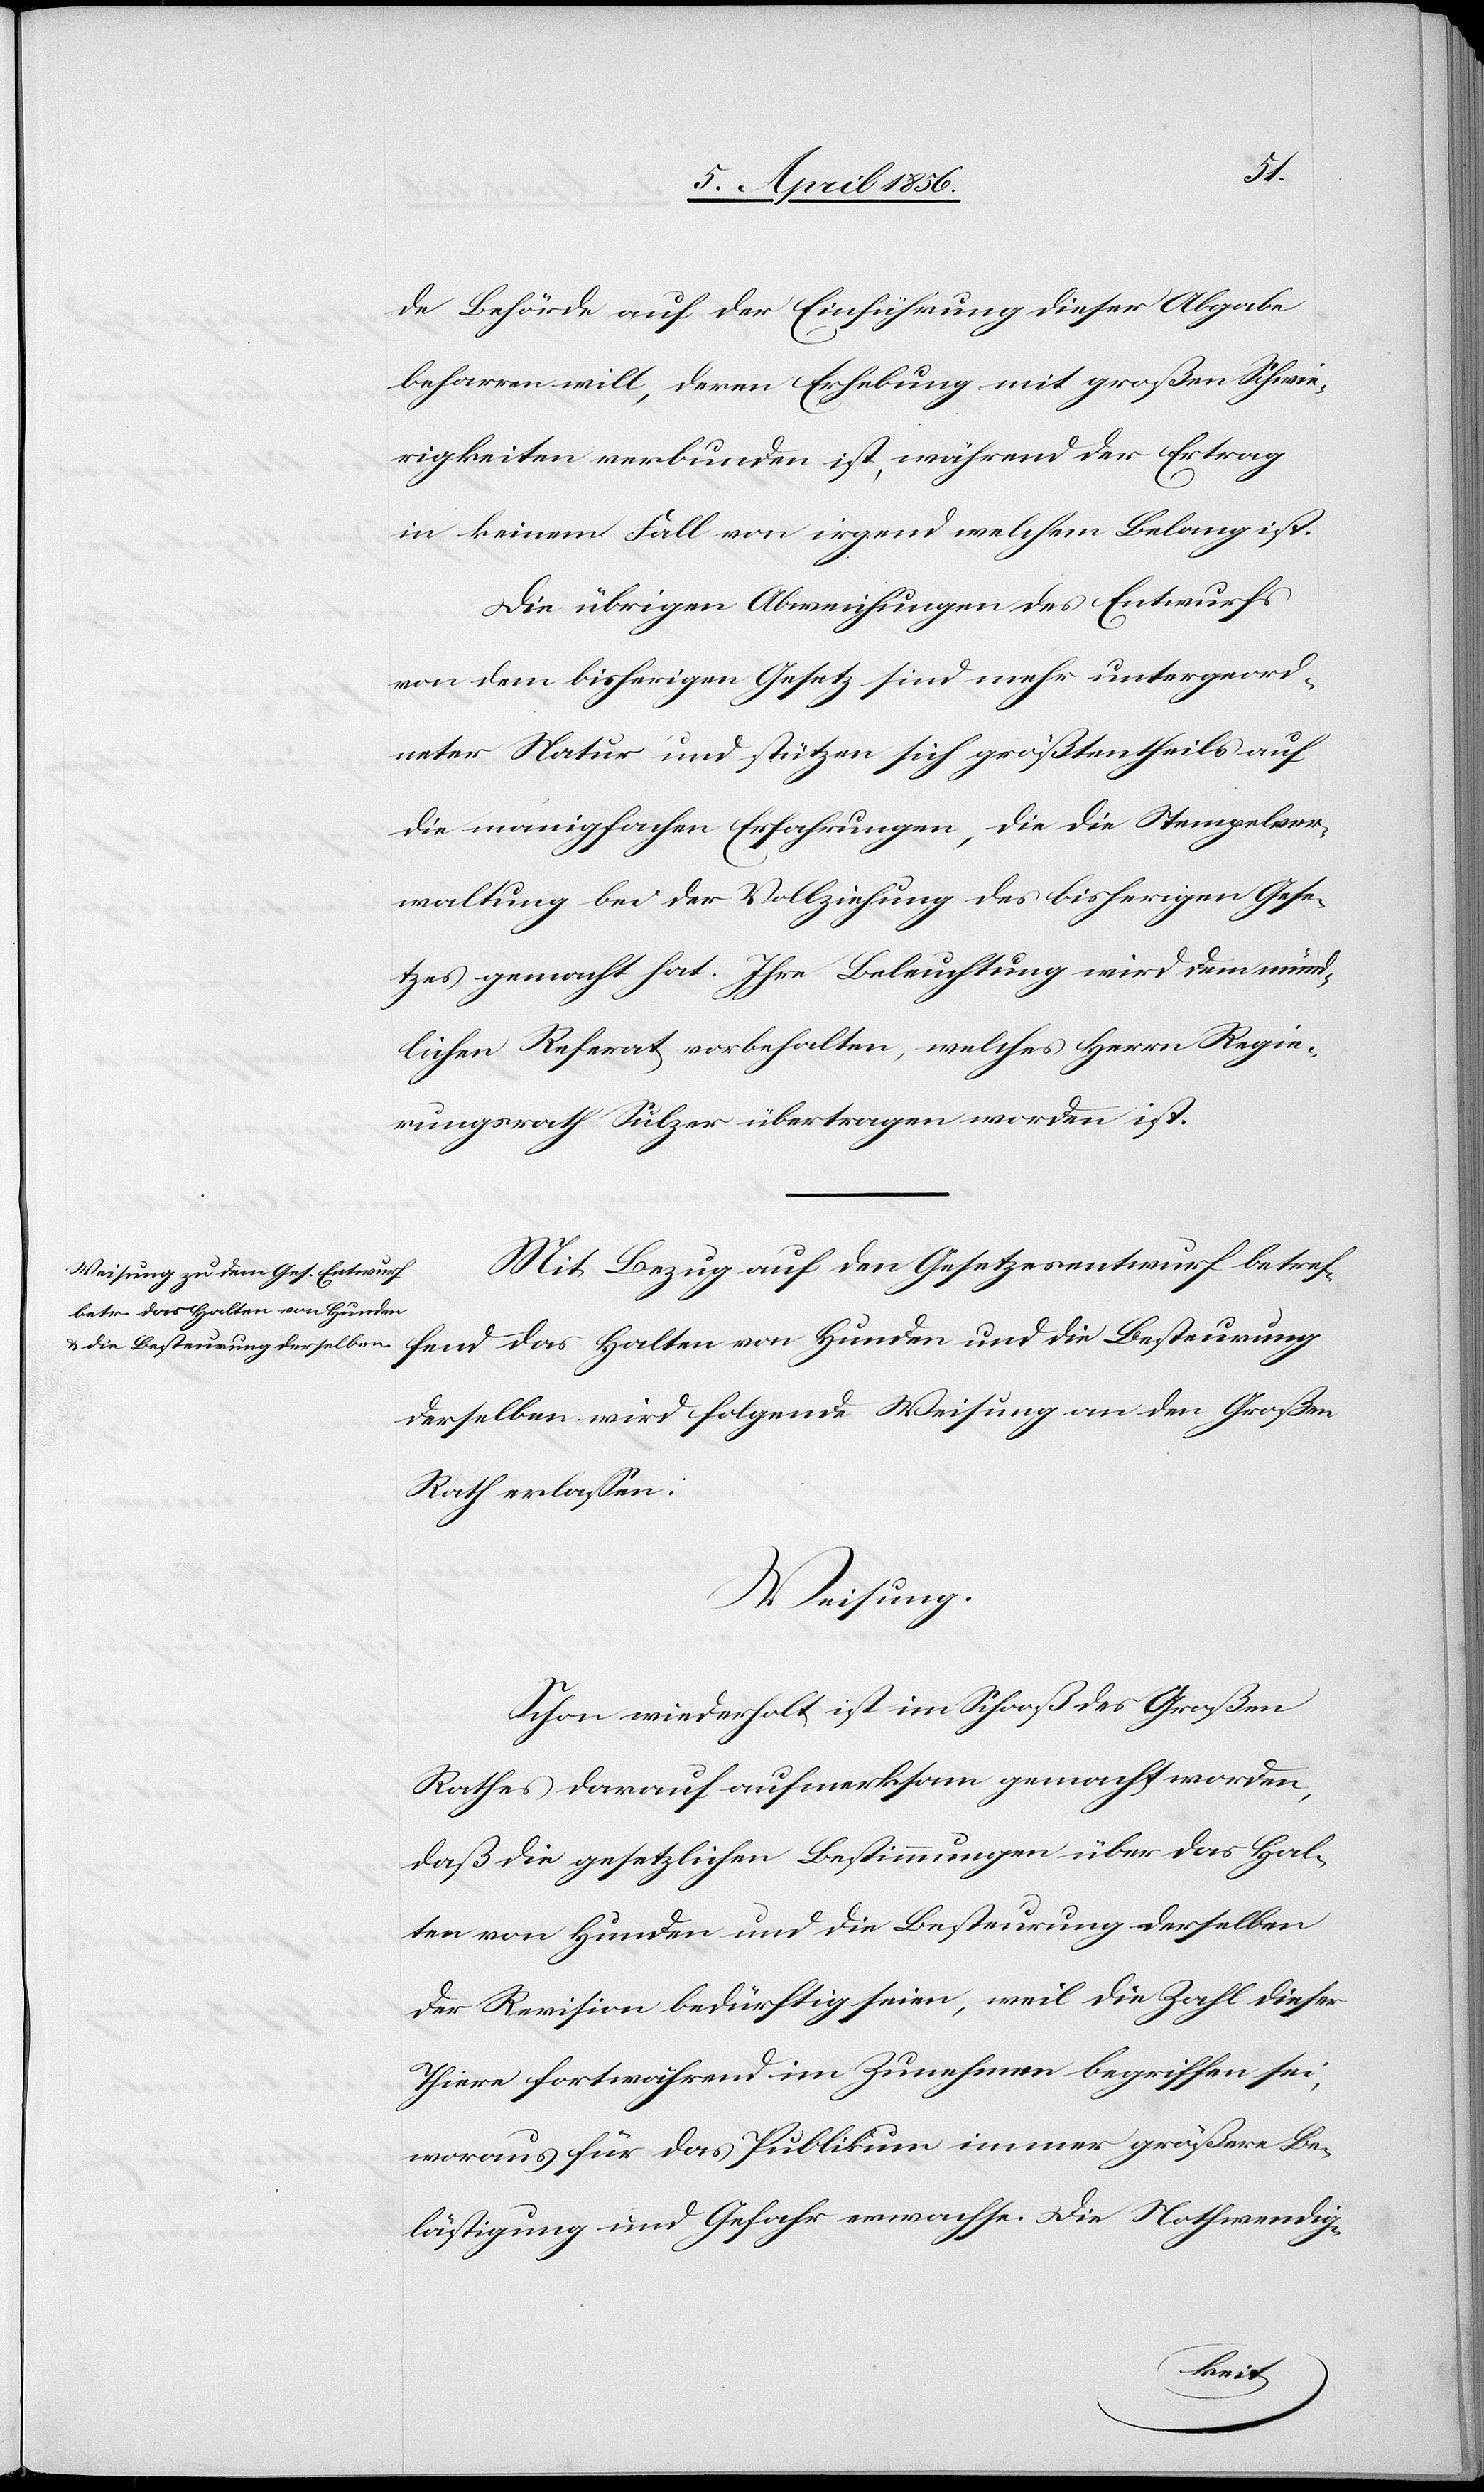
de Behörde auf der Einführung dieser Abgabe
beharren will, deren Erhebung mit großen Schwie¬
rigkeiten verbunden ist, während der Ertrag
in keinem Fall von irgend welchem Belang ist.
Die übrigen Abweichungen des Entwurfs
von dem bisherigen Gesetz sind mehr untergeord¬
neter Natur und stützen sich größtentheils auf
die manigfachen [sic!] Erfahrungen, die die Stempelver¬
waltung bei der Vollziehung des bisherigen Gese¬
tzes gemacht hat. Ihre Beleuchtung wird dem münd¬
lichen Referat vorbehalten, welches Herrn Regie¬
rungsrath Sulzer übertragen worden ist.
Mit Bezug auf den Gesetzesentwurf betref¬
fend das Halten von Hunden und die Besteurung
derselben wird folgende Weisung an den Großen
Rath erlassen:
Weisung.
Schon wiederholt ist im Schooß des Großen
Rathes darauf aufmerksam gemacht worden,
daß die gesetzlichen Bestimmungen über das Hal¬
ten von Hunden und die Besteurung derselben
der Revision bedürftig seien, weil die Zahl dieser
Thiere fortwährend im Zunehmen begriffen sei,
woraus für das Publikum immer größere Be¬
lästigung und Gefahr erwachse. Die Nothwendig-